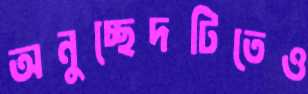
অনুচ্ছেদটিতেও